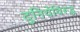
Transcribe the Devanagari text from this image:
दुनियेविरूद्ध